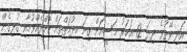
އަދި ވޭތުވެ ދިޔަ 12 އަހަރު މަސީއަށް ގިނަ ހިދުމަތްތައް ކޮށްދެއްވުމާއި ގުޅިގެން